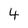
Character: 4